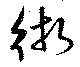
術